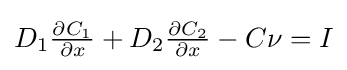
\textstyle D_{1}{\frac {\partial C_{1}}{\partial x}}+D_{2}{\frac {\partial C_{2}}{\partial x}}-C\nu =I